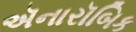
ઍનારૉબિક